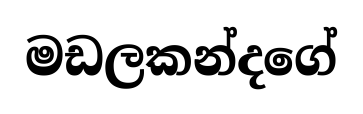
මඩලකන්දගේ